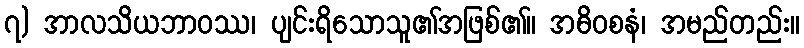
၇) အာလသိယဘာဝဿ၊ ပျင်းရိသောသူ၏အဖြစ်၏။ အဓိဝစနံ၊ အမည်တည်း။